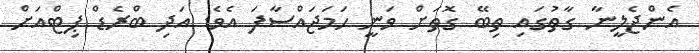
އެންޖެލީނާ ގާތުގައި ތިބޭ ގޮތަށް ވަނީ ހަމަޖައްސާފަ އެވެ. އަދި ބްރެޑް ޕިޓްއަށް